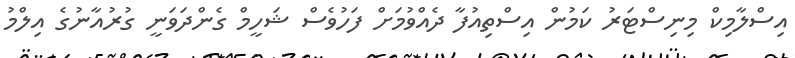
އިސްލާމިކް މިނިސްޓަރު ކަމުން އިސްތިއުފާ ދެއްވުމަށް ފަހުވެސް ޝަހީމް ގެންދަވަނީ ގުރުއާނުގެ އިލްމު